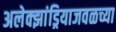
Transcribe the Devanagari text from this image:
अलेक्झांड्रियाजवळच्या